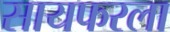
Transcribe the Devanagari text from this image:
सायफरला